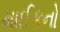
માઈકનો